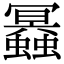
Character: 𧔲